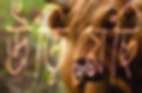
উড়িয়েছি